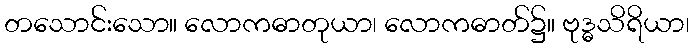
တသောင်းသော။ လောကဓာတုယာ၊ လောကဓာတ်၌။ ဗုဒ္ဓသိရိယာ၊